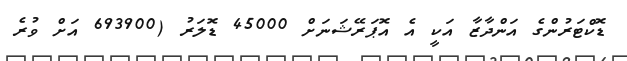
ޑޮކްޓަރުންގެ އަންދާޒާ އަކީ އެ އޮޕަރޭޝަނަށް 45000 ޑޮލަރު (693900 އަށް ވުރެ